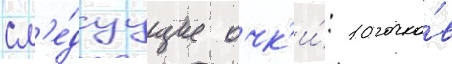
сл'е́дуущие очк'и́: 10 очко́в